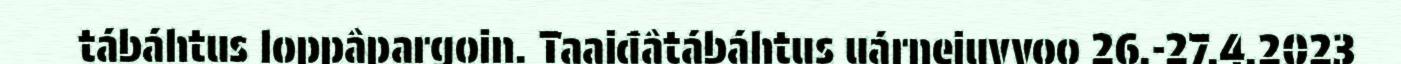
tábáhtus loppâpargoin. Taaiđâtábáhtus uárnejuvvoo 26.-27.4.2023